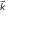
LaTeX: \scriptstyle { \overrightarrow { k } }